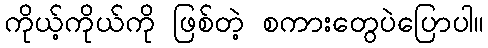
ကိုယ့်ကိုယ်ကို ဖြစ်တဲ့ စကားတွေပဲပြောပါ။